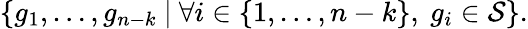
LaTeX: \left\{ g_{1},\ldots,g_{n-k}\ |\ \forall i\in\left\{ 1,\ldots,n-k\right\} ,\ g_{i}\in{\mathcal{S}}\right\} .